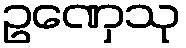
ဥဏှေသု